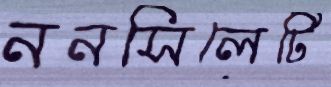
ননসিলেটি